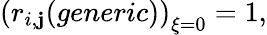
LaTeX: \left(r_{i,\mathbf{j}}(generic)\right)_{\xi=0}=1,